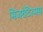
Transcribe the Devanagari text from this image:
मिजरेटिस्मस